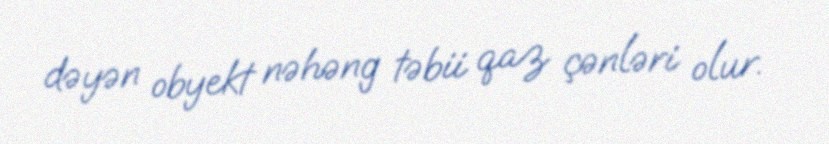
dəyən obyekt nəhəng təbii qaz çənləri olur.